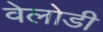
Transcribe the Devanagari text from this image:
वेलोडी